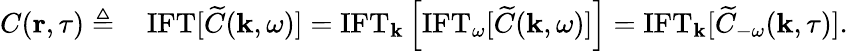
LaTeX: \begin{array}{rl}{C({\mathbf r},\tau)\triangleq}&{\, {\mathrm{IFT}}[\widetilde{C}({\mathbf k},\omega)]={\mathrm{IFT}}_{{\mathbf k}}\left[{\mathrm{IFT}}_{\omega}[\widetilde{C}({\mathbf k},\omega)]\right]={\mathrm{IFT}}_{{\mathbf k}}[\widetilde{C}_{-\omega}({\mathbf k},\tau)].}\end{array}